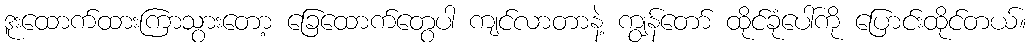
ဒူးထောက်ထားကြာသွားတော့ ခြေထောက်တွေပါ ကျင်လာတာနဲ့ ကျွန်တော် ထိုင်ခုံပေါ်ကို ပြောင်းထိုင်တယ်။